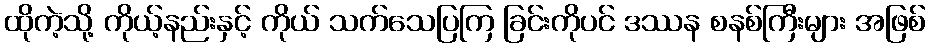
ထိုကဲ့သို့ ကိုယ့်နည်းနှင့် ကိုယ် သက်သေပြကြ ခြင်းကိုပင် ဒဿန စနစ်ကြီးများ အဖြစ်